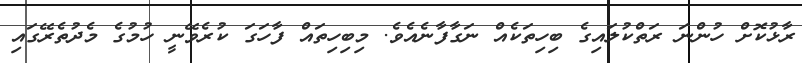
ރާޅުކޮށް ހުންނަ ރަތްކުލައިގެ ބިހިތަކެއް ނަގާފާނެއެވެ. މިބިހިތައް ފާހަގަ ކުރެވޭނީ ހުމުގެ މެދުތެރޭގައި